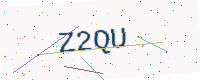
Text: Z2QU